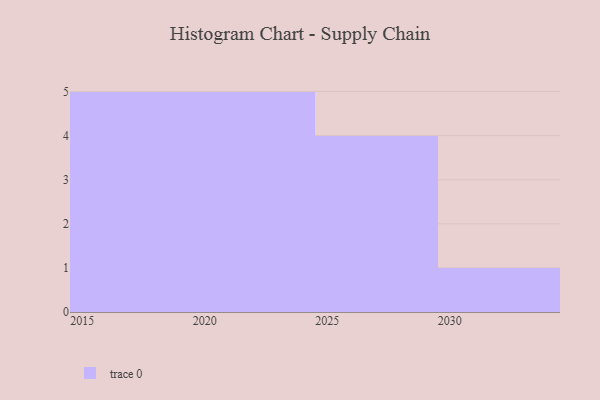
{"axis": {"x": "Year", "y": "Tickets Resolved"}, "legend": [""], "data": [{"x": "2015", "y": 19, "type": ""}, {"x": "2020", "y": 27, "type": ""}, {"x": "2016", "y": 57, "type": ""}, {"x": "2028", "y": 88, "type": ""}, {"x": "2021", "y": 69, "type": ""}, {"x": "2030", "y": 72, "type": ""}, {"x": "2023", "y": 15, "type": ""}, {"x": "2024", "y": 74, "type": ""}, {"x": "2017", "y": 70, "type": ""}, {"x": "2018", "y": 5, "type": ""}, {"x": "2026", "y": 21, "type": ""}, {"x": "2027", "y": 93, "type": ""}, {"x": "2022", "y": 56, "type": ""}, {"x": "2029", "y": 79, "type": ""}, {"x": "2019", "y": 66, "type": ""}]}